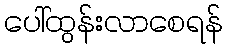
ပေါ်ထွန်းလာစေရန်